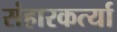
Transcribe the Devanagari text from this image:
संहारकर्त्या